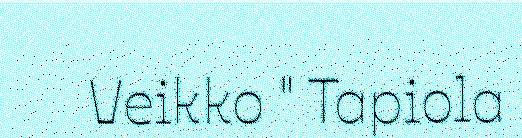
Veikko " Tapiola